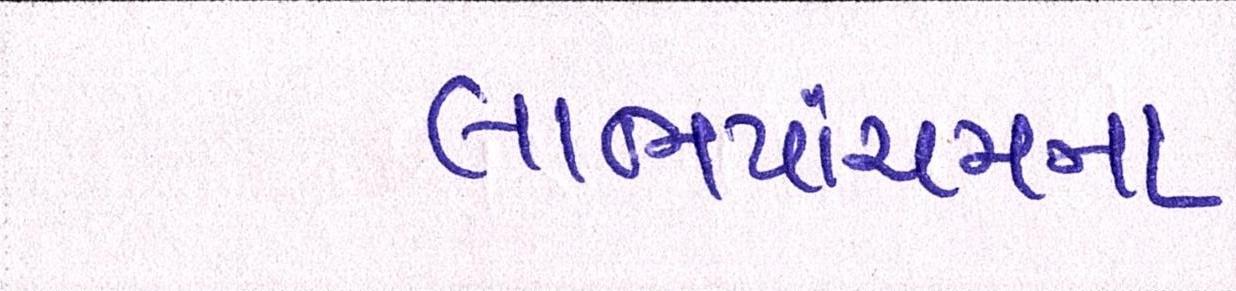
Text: લાભપાંચમના